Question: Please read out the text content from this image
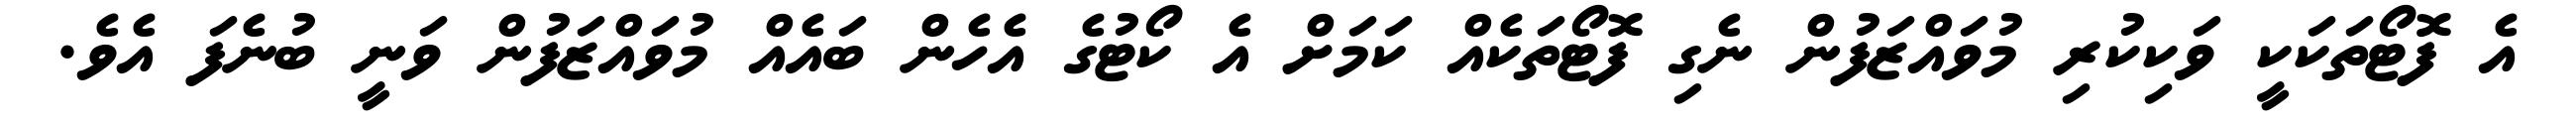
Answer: އެ ފޮޓޯތަކަކީ ވަކިކުރި މުވައްޒަފުން ނެގި ފޮޓޯތަކެއް ކަމަށް އެ ކޯޓުގެ އެހެން ބައެއް މުވައްޒަފުން ވަނީ ބުނެފަ އެވެ.